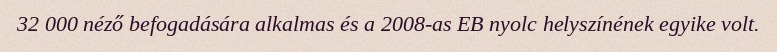
32 000 néző befogadására alkalmas és a 2008-as EB nyolc helyszínének egyike volt.